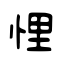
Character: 悝